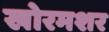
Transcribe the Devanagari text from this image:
खोरमशर